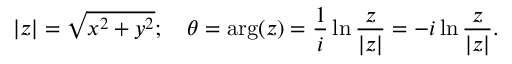
| z | = { \sqrt { x ^ { 2 } + y ^ { 2 } } } ; \quad \theta = \arg ( z ) = { \frac { 1 } { i } } \ln { \frac { z } { | z | } } = - i \ln { \frac { z } { | z | } } .